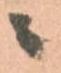
ニ